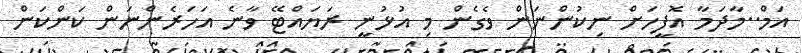
އަމް..މާދަމާ އޮފީހަށް ނިކުންނަން ވެގެން މި އުޅުނީ ރަޔައްޓޭ ވާނެ އަހަރެންނަން ކަންކަން